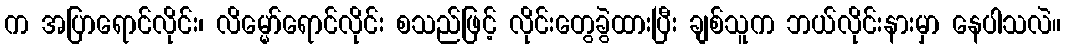
က အပြာရောင်လိုင်း၊ လိမ္မော်ရောင်လိုင်း စသည်ဖြင့် လိုင်းတွေခွဲထားပြီး ချစ်သူက ဘယ်လိုင်းနားမှာ နေပါသလဲ။